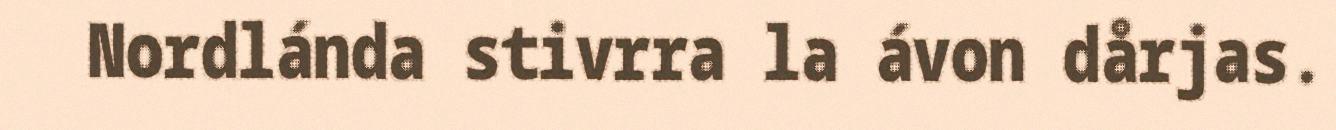
Nordlánda stivrra la ávon dårjas.